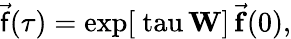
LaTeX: \vec{\mathsf{f}}(\tau)=\mathrm{{exp}[\ tau\, \mathbf{W}]\, \vec{\mathbf{f}}(0),}